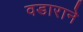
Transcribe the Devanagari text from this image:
वडाराने